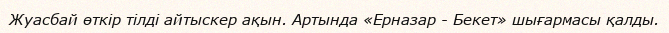
Жуасбай өткір тілді айтыскер ақын. Артында «Ерназар - Бекет» шығармасы қалды.